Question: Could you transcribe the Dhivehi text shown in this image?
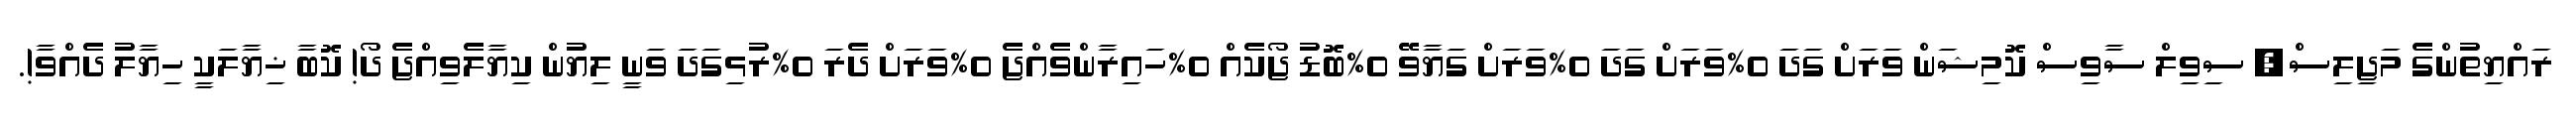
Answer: ރައްޔިތުންގެ މަޖިލިސް, ސިވިލް ސާވިސް ކޮމިޝަން ވަރަށް ގަދަ 0%ވަރަށް ގަދަ 0%ވަރަށް ގަޔާވޭ 0%ބޮޑު ޖޯކެއް 0%ހައިރާންވެއްޖެ 0%ވަރަށް ދެރަ 0%ރުޅިގަދަ ވަނީ ލިޔުން ކިޔާލެވިއްޖެ ދޯ! ކޮބާ ޚިޔާލަކީ ހިޔާލު ދެއްވާ!.